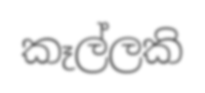
කෑල්ලකි